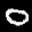
Label: 0